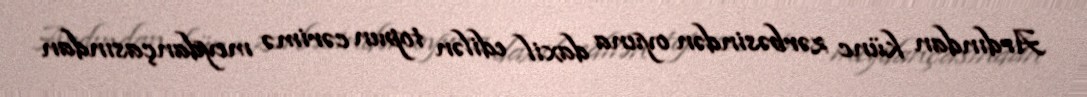
Ardından künc zərbəsindən oyuna daxil edilən topun cərimə meydançasından